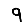
Digit: 9